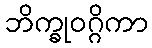
ဘိက္ခုဝဂ္ဂိကာ